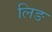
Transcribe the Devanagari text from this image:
लिङ